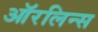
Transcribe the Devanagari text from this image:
ऑरलिन्स